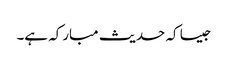
جیسا کہ حدیث مبارکہ ہے۔